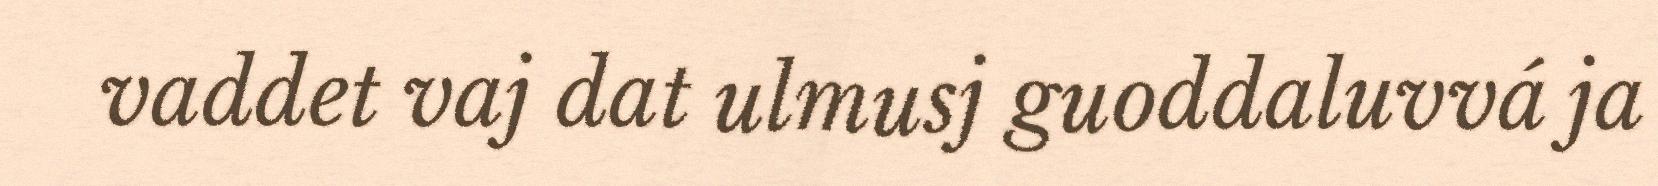
vaddet vaj dat ulmusj guoddaluvvá ja